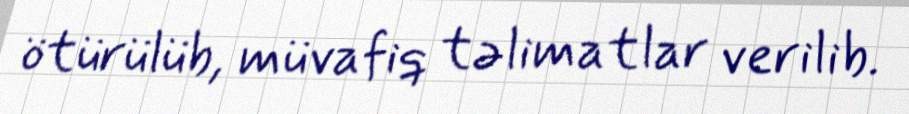
ötürülüb, müvafiq təlimatlar verilib.